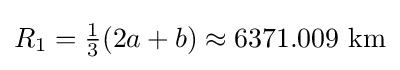
{\textstyle R_{1}={\frac {1}{3}}(2a+b)\approx 6371.009{\text{ km}}}